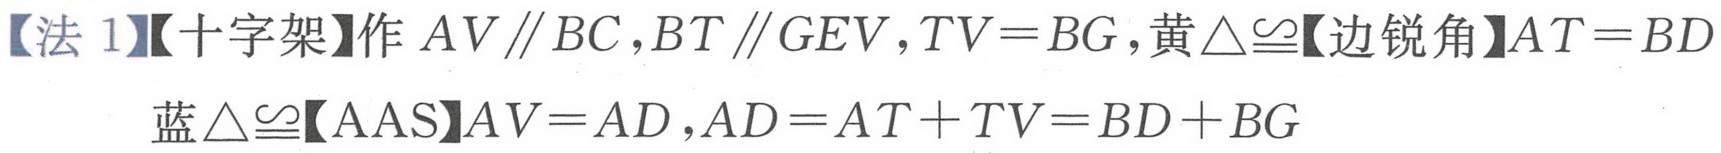
【法 1】【十字架】作 \(AV\parallel BC\)，\(BT\parallel GEV\)，\(TV = BG\)，黄\(\triangle\cong\)【边锐角】\(AT = BD\)
蓝\(\triangle\cong\)【AAS】\(AV = AD\)，\(AD = AT + TV=BD + BG\)